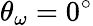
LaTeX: \theta_{\omega}=0^{\circ}